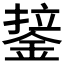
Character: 𰼷